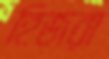
হিজরা